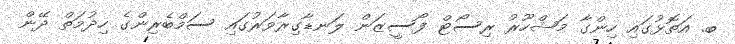
ބ. އަތޮޅުގައި ހިންގާ މަޝްހޫރު ރިސޯޓް ފޯސީޒަން ލަނޑާގިރާވަރުގައި ސަމްބެރިންގެ ހިދުމަތް ދޭން